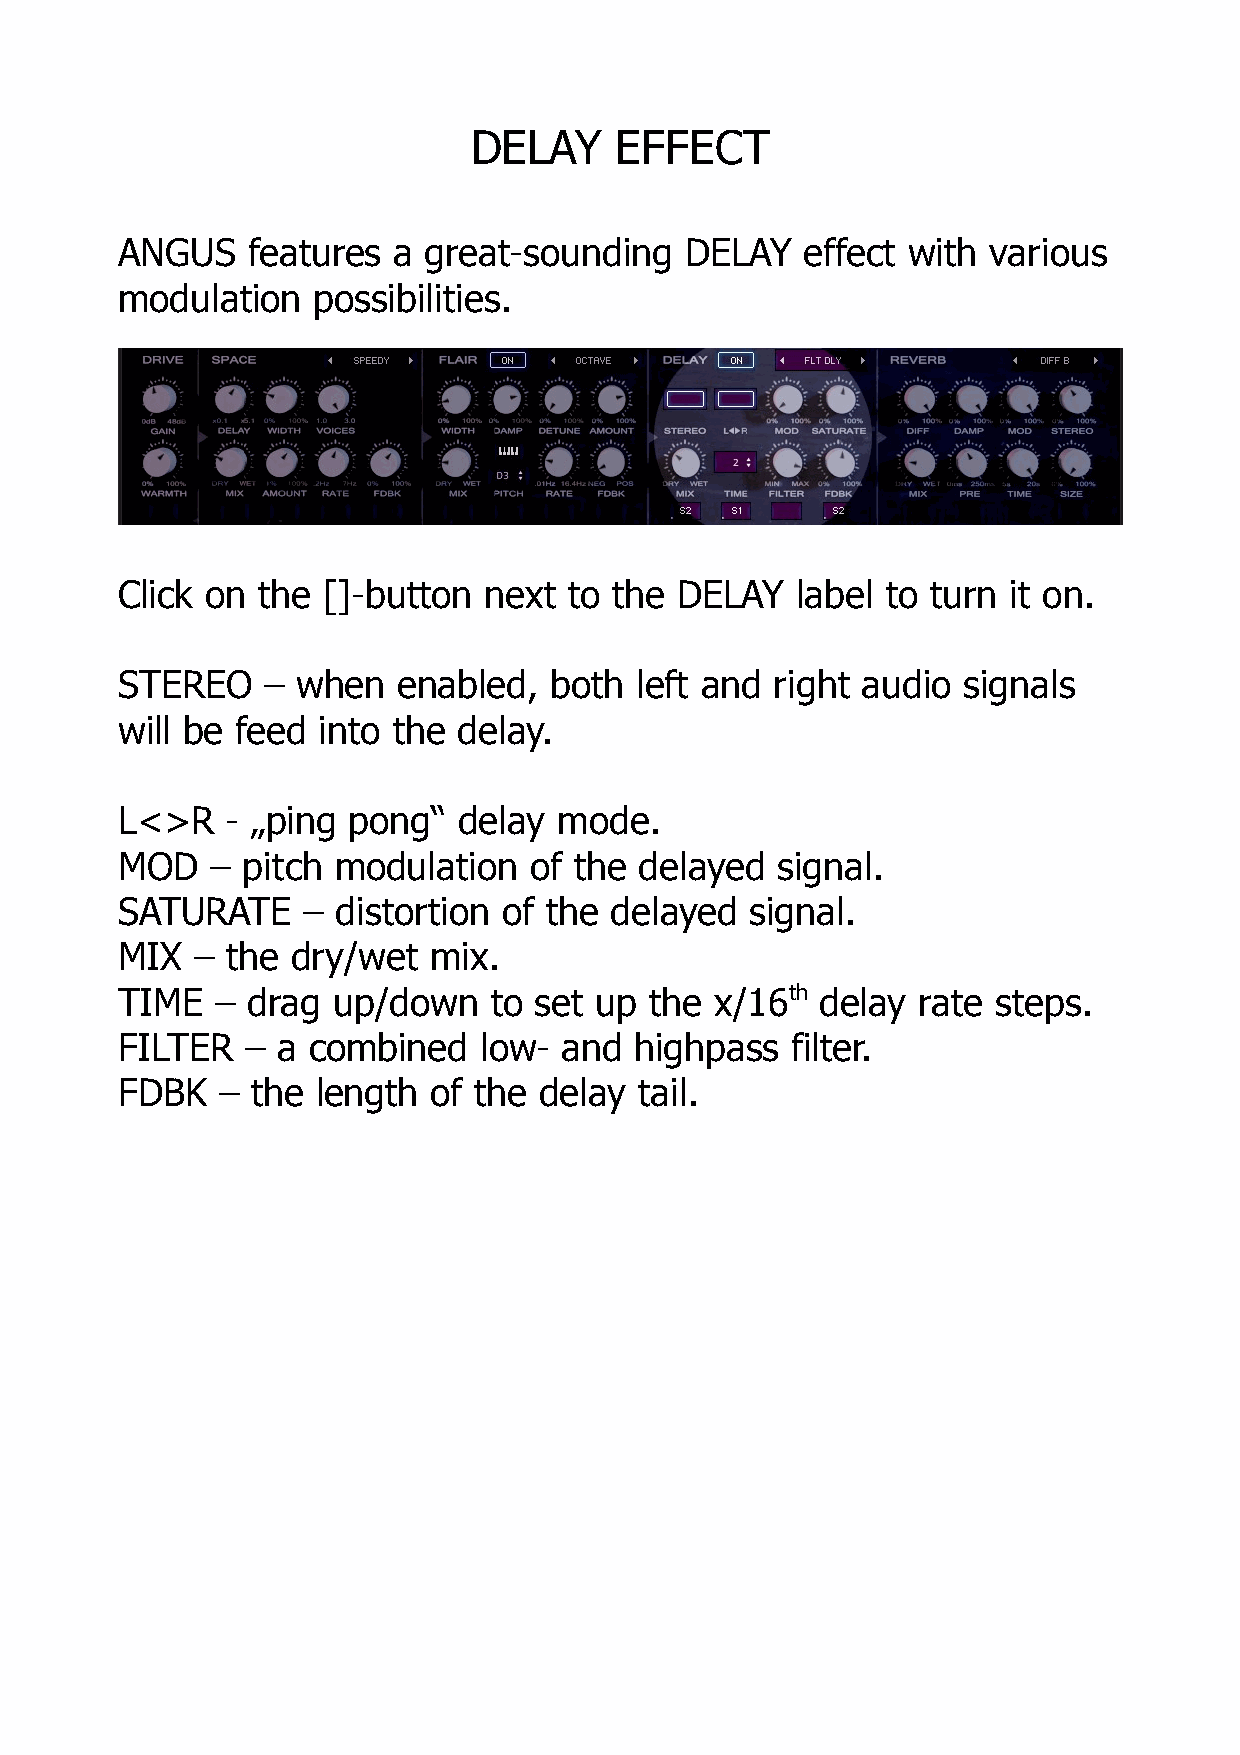
DELAY     EFFECT
 ANGUS   features  a great-sounding   DELAY   effect with  various
 modulation   possibilities.
 Click on the []-button  next  to the DELAY   label to turn it on.
 STEREO    – when  enabled,  both  left and right audio  signals
 will be feed into the delay.
 L<>R   - „ping pong“  delay  mode.
 MOD   – pitch modulation   of the delayed   signal.
 SATURATE    – distortion of the delayed   signal.
 MIX  – the dry/wet  mix.
 TIME  – drag  up/down   to set up  the x/16th delay  rate steps.
 FILTER  – a combined    low- and  highpass  filter.
 FDBK   – the length  of the delay tail.